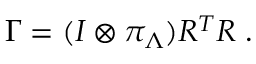
\Gamma = ( I \otimes \pi _ { \Lambda } ) R ^ { T } R \; .